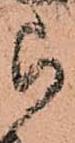
被